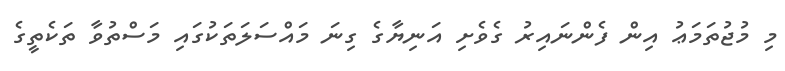
މި މުޖުތަމަޢު އިން ފެންނައިރު ގެވެށި އަނިޔާގެ ގިނަަ މައްސަލަތަކުގައި މަސްތުވާ ތަކެތީގެ